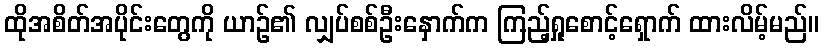
ထိုအစိတ်အပိုင်းတွေကို ယာဉ်၏ လျှပ်စစ်ဦးနှောက်က ကြည့်ရှုစောင့်ရှောက် ထားလိမ့်မည်။